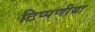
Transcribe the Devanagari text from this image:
टिप्पणीया